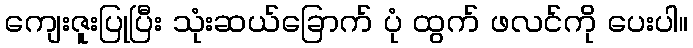
ကျေးဇူးပြုပြီး သုံးဆယ်ခြောက် ပုံ ထွက် ဖလင်ကို ပေးပါ။